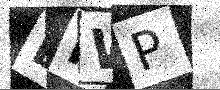
Text: BIWP